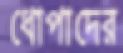
ধোপাদের